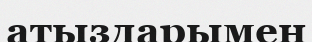
атыздарымен